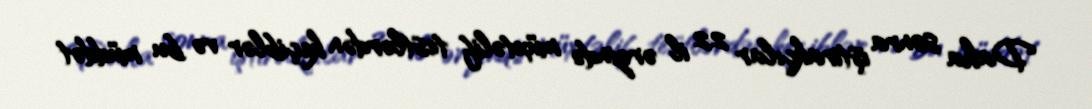
Daha sonra iştirakçılar 22 il ərzində müxtəlif testlərdən keçiblər və bu müddət